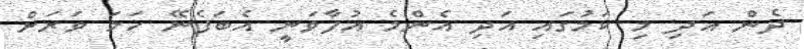
ދެން އަދި މި ކަމުގައި އަދި އެންމެ އުފާވަނީ އެބަފެނޭ ހަމަ ވަރަށް